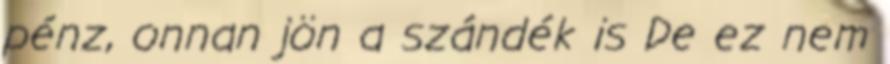
pénz, onnan jön a szándék is De ez nem